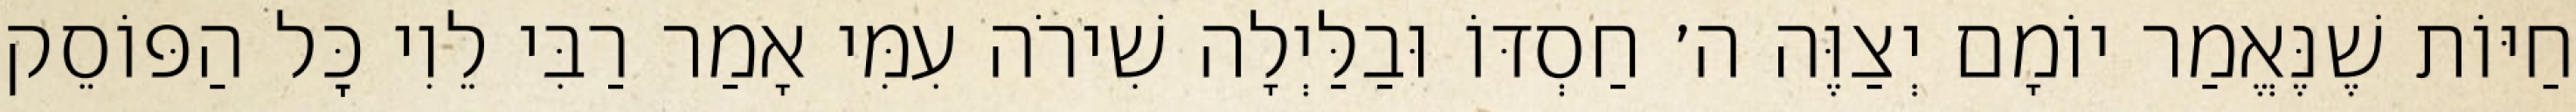
חַיּוֹת שֶׁנֶּאֱמַר יוֹמָם יְצַוֶּה ה׳ חַסְדּוֹ וּבַלַּיְלָה שִׁירֹה עִמִּי אָמַר רַבִּי לֵוִי כׇּל הַפּוֹסֵק